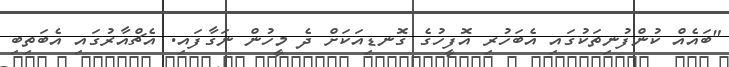
"ބައެއް ކުންފުނިތަކުގައި އެބަހުރި އޮފީހުގެ ގޮނޑިއަކަށް ދެ މީހުން ނަގާފައި. އެޗްއާރުގައި އެބަތިބި